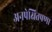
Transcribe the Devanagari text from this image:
अनपेक्षितपणा